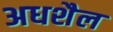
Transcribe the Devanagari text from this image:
अधशैल